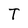
Character: T